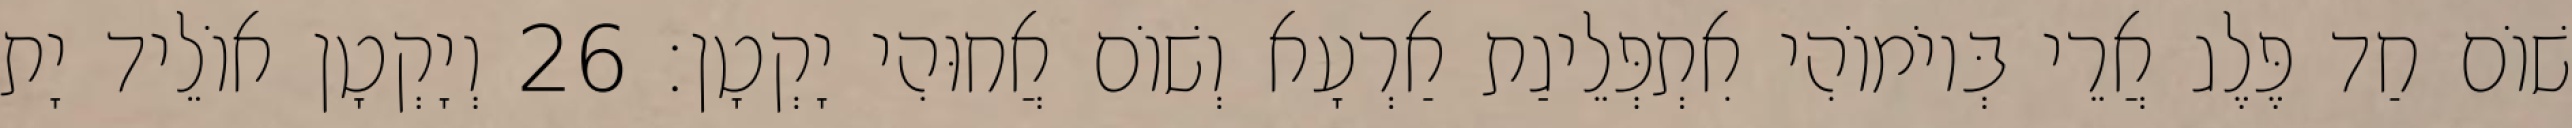
שׁוֹם חַד פֶּלֶג אֲרֵי בְּיוֹמוֹהִי אִתְפְּלֵיגַת אַרְעָא וְשׁוֹם אֲחוּהִי יָקְטָן׃ 26 וְיָקְטָן אוֹלֵיד יָת